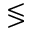
\lessgtr